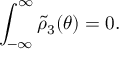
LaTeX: \int _ { - \infty } ^ { \infty } \widetilde { \rho } _ { 3 } ( \theta ) = 0 .